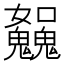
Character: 𩴿